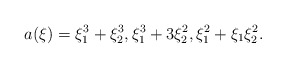
\begin{align*}a(\xi)=\xi_1^3+\xi_2^3,\xi_1^3+3\xi^2_2,\xi_1^2+\xi_1\xi_2^2.\end{align*}